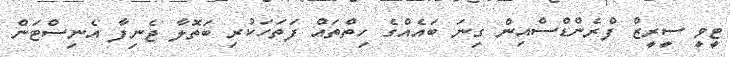
ޓީވީ ސީރީޒް ފްރެންޑްސްއިން ގިނަ ބައެއްގެ ހިތްތައް ފަތަހަކުރި ބަތޮލާ ޖެނިފާ އެނިސްޓަން